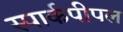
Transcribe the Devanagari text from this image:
स्पार्कपीपल